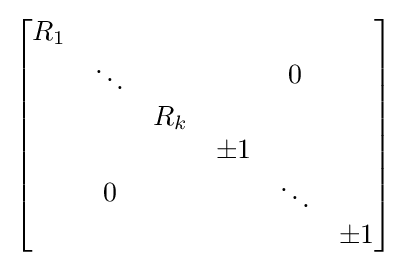
{\begin{bmatrix}{\begin{matrix}R_{1}&&\\&\ddots &\\&&R_{k}\end{matrix}}&0\\0&{\begin{matrix}\pm 1&&\\&\ddots &\\&&\pm 1\end{matrix}}\\\end{bmatrix}}